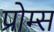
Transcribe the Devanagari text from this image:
प्रोम्स